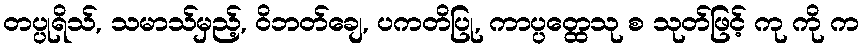
တပ္ပုရိသ်, သမာသ်မှည့်, ဝိဘတ်ချေ, ပကတိပြု, ကာပ္ပတ္ထေသု စ သုတ်ဖြင့် ကု ကို က